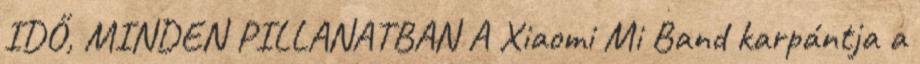
IDŐ, MINDEN PILLANATBAN A Xiaomi Mi Band karpántja a